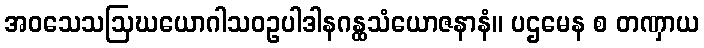
အဝသေသဩဃယောဂါသဝဥပါဒါနဂန္ထသံယောဇနာနံ။ ပဌမေန စ တဏှာယ